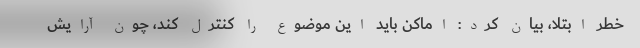
خطر ابتلا، بیان کرد: اماکن باید این موضوع را کنترل کند، چون آرایش